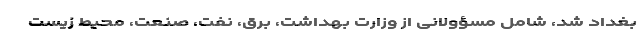
بغداد شد، شامل مسؤولانی از وزارت بهداشت، برق، نفت، صنعت، محیط زیست